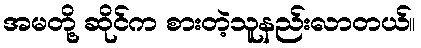
အမတို့ ဆိုင်က စားတဲ့သူနည်းလာတယ်။